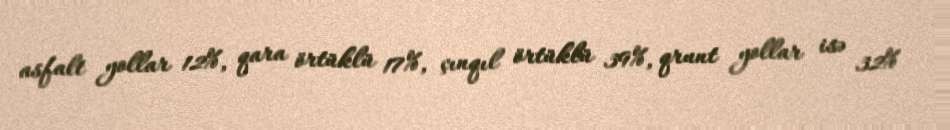
asfalt yollar 12%, qara örtüklü 17%, çınqıl örtüklü 39%, qrunt yollar isə 32%